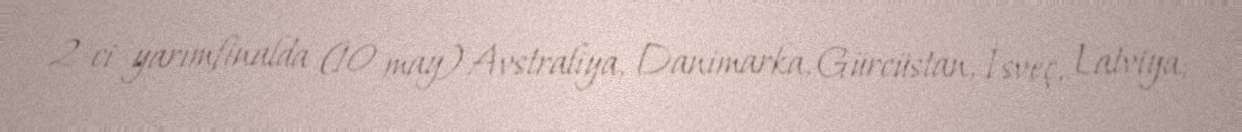
2-ci yarımfinalda (10 may) Avstraliya, Danimarka, Gürcüstan, İsveç, Latviya,